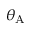
\theta _ { \mathrm { A } }